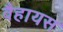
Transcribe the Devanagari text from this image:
वैहायस